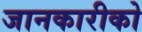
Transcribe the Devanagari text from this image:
जानकारीको